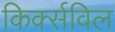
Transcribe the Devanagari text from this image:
किर्क्सविल